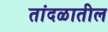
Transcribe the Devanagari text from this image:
तांदळातील